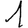
Digit: 1